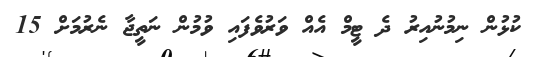
ކުޅުން ނިމުނުއިރު ދެ ޓީމް އެއް ވަރުވެފައި ވުމުން ނަތީޖާ ނެރުމަށް 15